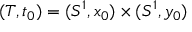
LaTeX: ( T , t _ { 0 } ) = ( S ^ { 1 } , x _ { 0 } ) \times ( S ^ { 1 } , y _ { 0 } )